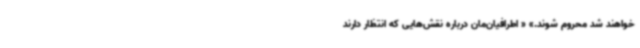
خواهند شد محروم شوند.» « اطرافیان‌مان درباره نقش‌هایی که انتظار دارند